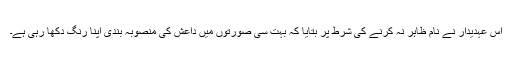
اس عہدیدار نے نام ظاہر نہ کرنے کی شرط پر بتایا کہ بہت سی صورتوں میں داعش کی منصوبہ بندی اپنا رنگ دکھا رہی ہے۔